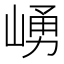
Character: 𱜀